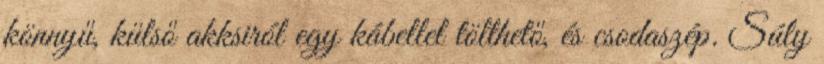
könnyű, külső akksiról egy kábellel tölthető, és csodaszép. Súly